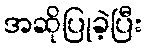
အဆိုပြုခဲ့ပြီး